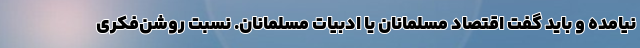
نیامده و باید گفت اقتصاد مسلمانان یا ادبیات مسلمانان. نسبت روشن‌فکری